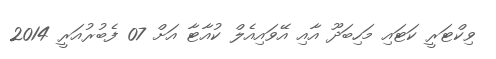
ވިކްޓަރީ ކަޓައި މަހިބަދޫ އާއި އޭވައިއެލް ކުއާޓާ އަށް 07 ފެބުރުއަރީ 2014